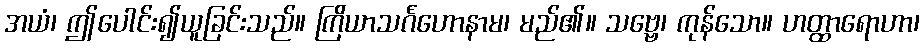
အယံ၊ ဤပေါင်း၍ယူခြင်းသည်။ ကြိယာသင်္ဂဟောနာမ၊ မည်၏။ သဗ္ဗေ၊ ကုန်သော။ ဟတ္ထာရောဟာ၊